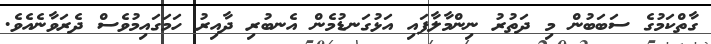
ގާތްކަމުގެ ސަބަބުން މި ދަތުރު ނިންމާލާފައި އަޅުގަނޑުމެން އެނބުރި ދާއިރު ހަމަގައިމުވެސް ދެރަވާނެއެވެ.